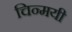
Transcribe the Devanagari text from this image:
चिन्मयी